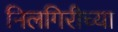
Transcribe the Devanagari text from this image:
निलगिरीच्‍या